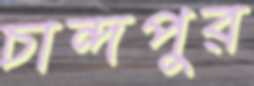
চান্দপুর